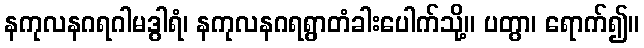
နကုလနဂရဂါမဒွါရံ၊ နကုလနဂရရွာတံခါးပေါက်သို့။ ပတွာ၊ ရောက်၍။